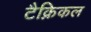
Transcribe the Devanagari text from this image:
टैक्निकल